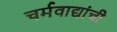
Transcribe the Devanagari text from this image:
चर्मवाद्यांची